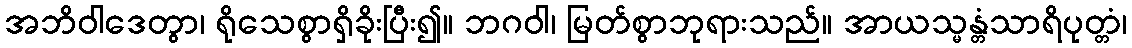
အဘိဝါဒေတွာ၊ ရိုသေစွာရှိခိုးပြီး၍။ ဘဂဝါ၊ မြတ်စွာဘုရားသည်။ အာယသ္မန္တံသာရိပုတ္တံ၊